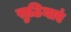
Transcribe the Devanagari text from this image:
सुठियाएं